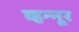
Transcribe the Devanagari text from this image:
व्हन्‍नूर